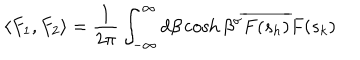
LaTeX: \langle F _ { 1 } , F _ { 2 } \rangle = \frac { 1 } { 2 \pi } \int _ { - \infty } ^ { \infty } d \beta \cosh \beta ^ { \sigma } \overline { { { F ( s _ { h } ) } } } F ( s _ { k } )